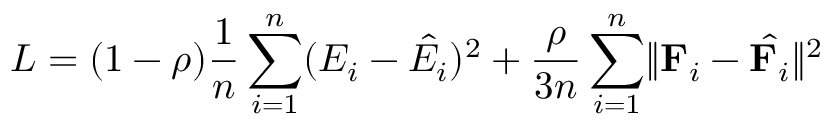
L = ( 1 - \rho ) \frac { 1 } { n } \sum _ { i = 1 } ^ { n } ( E _ { i } - \hat { E _ { i } } ) ^ { 2 } + \frac { \rho } { 3 n } \sum _ { i = 1 } ^ { n } \lVert \mathbf { F } _ { i } - \hat { \mathbf { F } _ { i } } \rVert ^ { 2 }